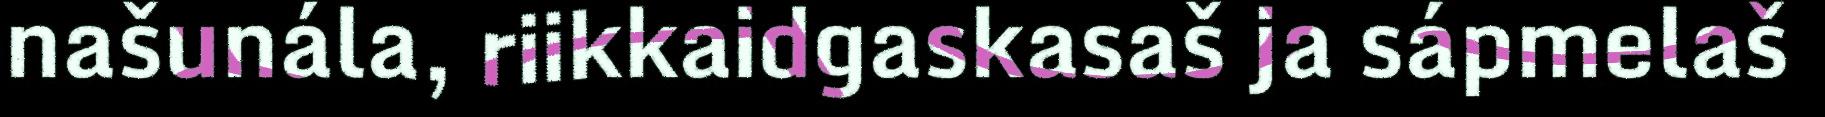
našunála, riikkaidgaskasaš ja sápmelaš